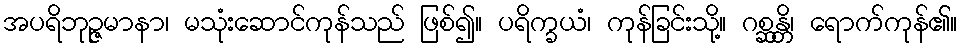
အပရိဘုဉ္ဇမာနာ၊ မသုံးဆောင်ကုန်သည် ဖြစ်၍။ ပရိက္ခယံ၊ ကုန်ခြင်းသို့။ ဂစ္ဆန္တိ၊ ရောက်ကုန်၏။